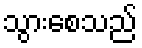
သွားစေသည်